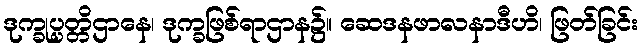
ဒုက္ခုပ္ပတ္တိဌာနေ၊ ဒုက္ခဖြစ်ရာဌာန၌။ ဆေဒနဖာလနာဒီဟိ၊ ဖြတ်ခြင်း